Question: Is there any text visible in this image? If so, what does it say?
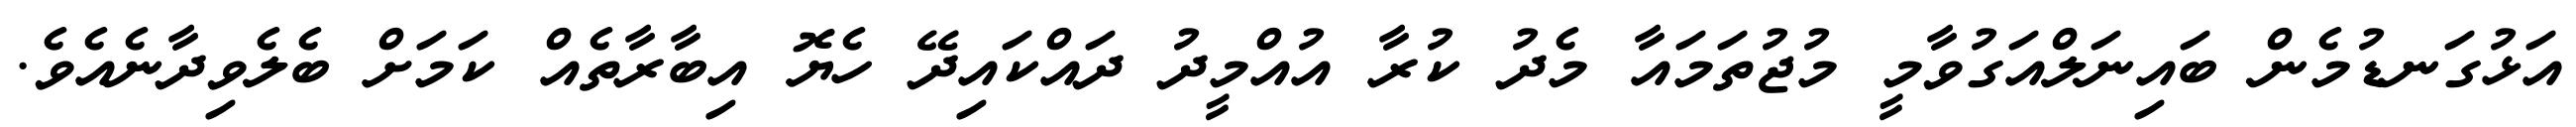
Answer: އަޅުގަނޑުމެން ބައިނަލްއަގުވާމީ މުޖުތަމައާ މެދު ކުރާ އުއްމީދު ދައްކައިދޭ ހެޔޮ އިބާރާތެއް ކަމަށް ބެލެވިދާނެއެވެ.